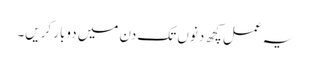
یہ عمل کچھ دنوں تک دن میں دوبار کریں۔